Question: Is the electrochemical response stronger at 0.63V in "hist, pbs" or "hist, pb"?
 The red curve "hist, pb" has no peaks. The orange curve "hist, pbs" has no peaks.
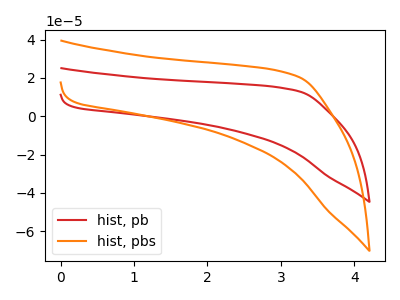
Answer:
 <answer>"hist, pbs" and "hist, pb" dont share a peak at 0.63V.</answer>
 <eval>mismatch</eval>